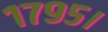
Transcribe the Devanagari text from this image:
१७९५।